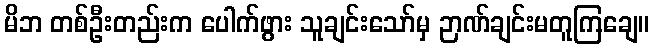
မိဘ တစ်ဦးတည်းက ပေါက်ဖွား သူချင်းသော်မှ ဉာဏ်ချင်းမတူကြချေ။